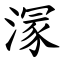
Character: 溕